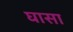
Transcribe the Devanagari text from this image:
घासा